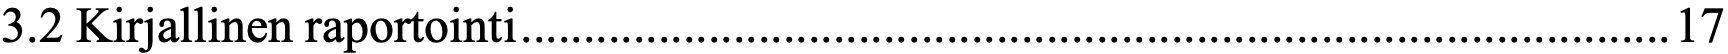
3.2 Kirjallinen raportointi ............................................................................................ 17